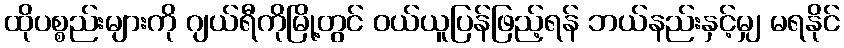
ထိုပစ္စည်းများကို ဂျယ်ရီကိုမြို့တွင် ဝယ်ယူပြန်ဖြည့်ရန် ဘယ်နည်းနှင့်မျှ မရနိုင်